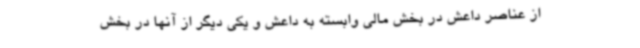
از عناصر داعش در بخش مالی وابسته به داعش و یکی دیگر از آنها در بخش